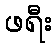
ဖရီး